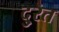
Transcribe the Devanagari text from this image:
दु्रत